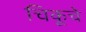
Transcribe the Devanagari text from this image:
चिकूचे